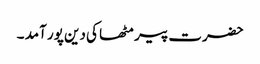
حضرت پیر مٹھا کی دین پور آمد ۔